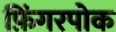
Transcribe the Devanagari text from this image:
फ़िंगरपोक